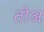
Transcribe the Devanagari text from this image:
तोअ